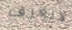
لايعرف